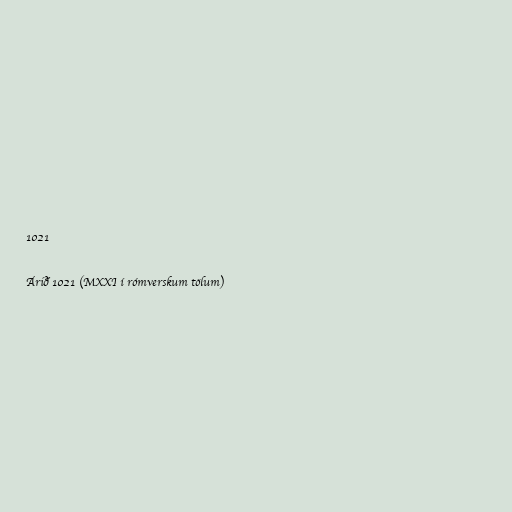
1021

Árið 1021 (MXXI í rómverskum tölum)